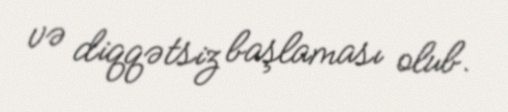
və diqqətsiz başlaması olub.